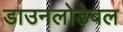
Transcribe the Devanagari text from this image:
डाउनलोड़ेबल